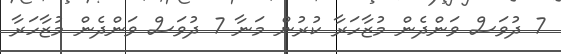
7 ދުވަސް ވަންދެން މުޒާހަރާ ކުރުން މަނާ 7 ދުވަސް ވަންދެން މުޒާހަރާ